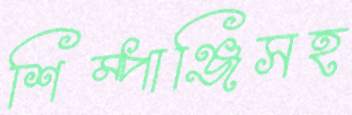
শিম্পাঞ্জিসহ